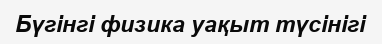
Бүгінгі физика уақыт түсінігі